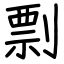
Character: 剽